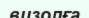
визолға